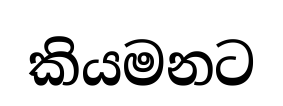
කියමනට